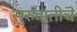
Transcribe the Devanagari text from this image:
सुरुवातीचॆ